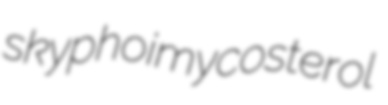
skyphoi mycosterol